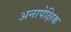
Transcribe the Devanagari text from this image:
अनापेक्षिक